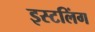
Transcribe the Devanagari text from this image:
इस्टलिंग